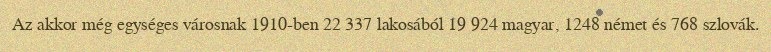
Az akkor még egységes városnak 1910-ben 22 337 lakosából 19 924 magyar, 1248 német és 768 szlovák.